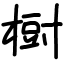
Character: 𣗳